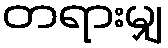
တရားမျှ